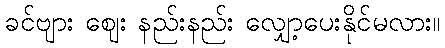
ခင်ဗျား ဈေး နည်းနည်း လျှော့ပေးနိုင်မလား။